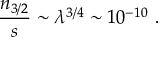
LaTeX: { \frac { n _ { 3 / 2 } } { s } } \sim \lambda ^ { 3 / 4 } \sim 1 0 ^ { - 1 0 } \ .